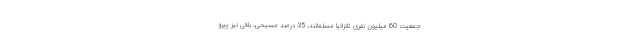
جمعیت 60 میلیون نفری تانزانیا مسلمانند، 35 درصد مسیحی، باقی نیز پیرو